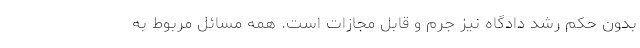
بدون حکم رشد دادگاه نیز جرم و قابل مجازات است. همه مسائل مربوط به